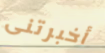
أخبرتنى